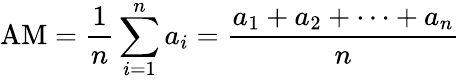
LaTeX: {\mathrm{AM}}={\frac{1}{n}}\sum_{i=1}^{n}a_{i}={\frac{a_{1}+a_{2}+\cdots+a_{n}}{n}}